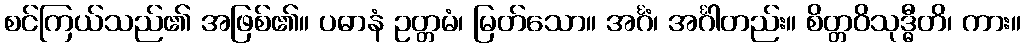
စင်ကြယ်သည်၏ အဖြစ်၏။ ပဓာနံ ဥတ္တမံ၊ မြတ်သော။ အင်္ဂံ၊ အင်္ဂါတည်း။ စိတ္တဝိသုဒ္ဓီတိ၊ ကား။